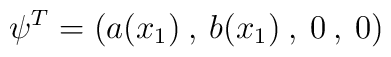
\psi^{T}= (a(x_{1})\:,\:b(x_{1})\:,\:0\:,\:0)